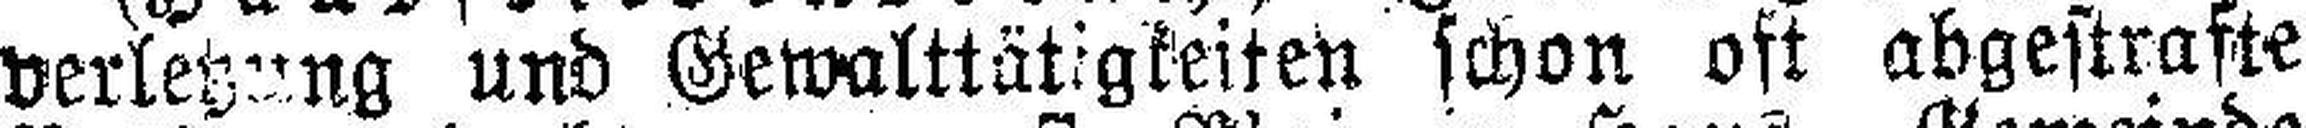
verletzung und Gewalttätigkeiten schon oft abgestrafte